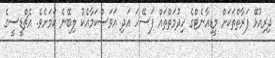
ދިރިއުޅޭ ފަރާތްތަކަށް މީޑިއާނެޓްގެ ހިދުމަތްތައް ފަސޭހަ އަދި އަވަސްކަމާއެކު ލިބޭނެ ކަމަށެވެ. އެޗްޑީސީގެ